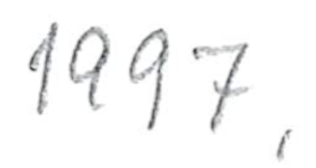
Text: 1997,
Cross-out: clean
Writing tool: pencil